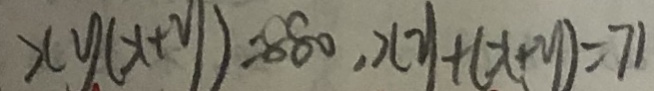
x y ( x + y ) = 8 8 0 , x y + ( x + y ) = 7 1